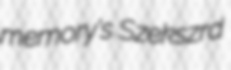
memory's Szekszrd